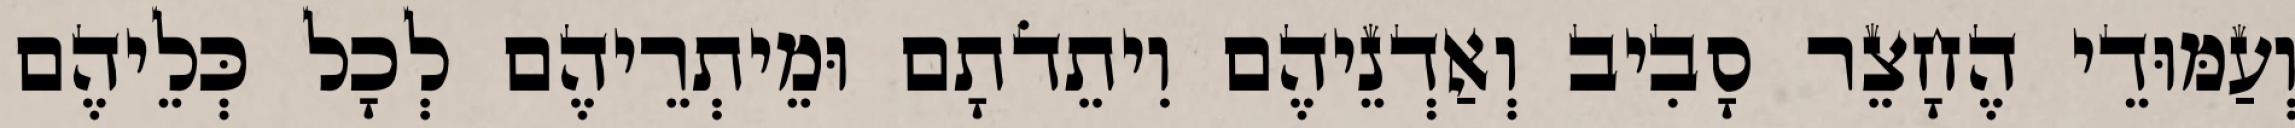
וְעַמּוּדֵי הֶחָצֵר סָבִיב וְאַדְנֵיהֶם וִיתֵדֹתָם וּמֵיתְרֵיהֶם לְכָל כְּלֵיהֶם